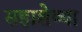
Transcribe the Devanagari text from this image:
सहाशेव्या